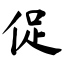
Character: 促